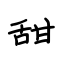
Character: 甜